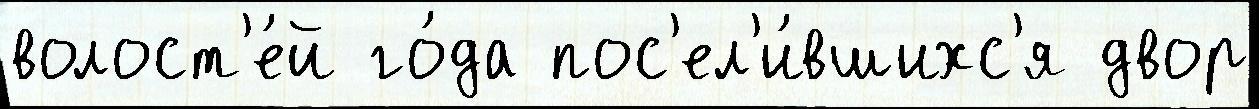
волост'е́й го́да пос'ел'и́вшихс'я двор